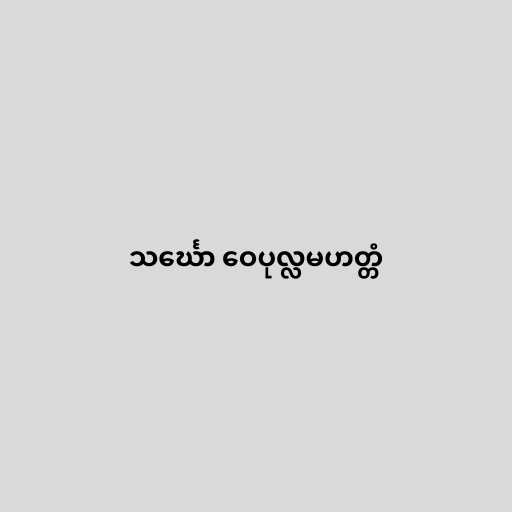
သင်္ဃော ဝေပုလ္လမဟတ္တံ